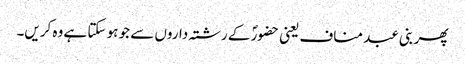
پھر بنی عبد مناف یعنی حضورؐ کے رشتہ داروں سے جو ہو سکتا ہے وہ کریں۔